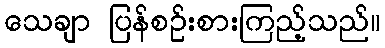
သေချာ ပြန်စဉ်းစားကြည့်သည်။